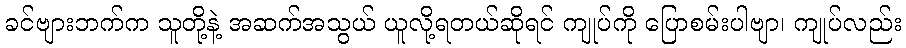
ခင်ဗျားဘက်က သူတို့နဲ့ အဆက်အသွယ် ယူလို့ရတယ်ဆိုရင် ကျုပ်ကို ပြောစမ်းပါဗျာ၊ ကျုပ်လည်း